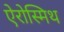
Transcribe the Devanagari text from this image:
ऐरोस्मिथ